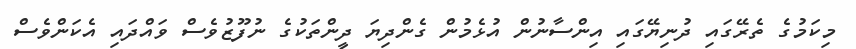
މިކަމުގެ ތެރޭގައި ދުނިޔޭގައި އިންސާނުން އުޅެމުން ގެންދިޔަ ދީންތަކުގެ ނުފޫޒުވެސް ވައްދައި އެކަންވެސް